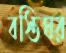
বস্তিঘর